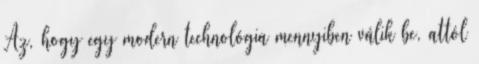
Az, hogy egy modern technológia mennyiben válik be, attól